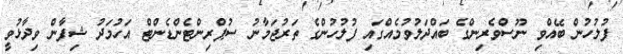
ފުލުހުން ބޭއްވި ނޫސްވެރިންގެ ބައްދަލުވުމެއްގައި ފުލުހުންގެ ތަރުޖަމާނު ސުޕްރިންޓެންޑެންޓް އަހުމަދު ޝިފާން ވިދާޅުވީ